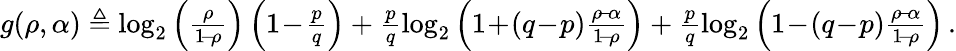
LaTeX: \begin{array}{r}{g(\rho,\alpha)\triangleq\log_{2}\left(\frac{\rho}{1\! -\! \rho}\right)\left(1\! -\! \frac{p}{q}\right)+\frac{p}{q}\log_{2}\left(1\! +\! (q\! -\! p)\frac{\rho\! -\! \alpha}{1\! -\! \rho}\right)+\frac{p}{q}\log_{2}\left(1\! -\! (q\! -\! p)\frac{\rho\! -\! \alpha}{1\! -\! \rho}\right)\, .}\end{array}